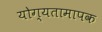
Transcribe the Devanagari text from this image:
योग्यतामापक